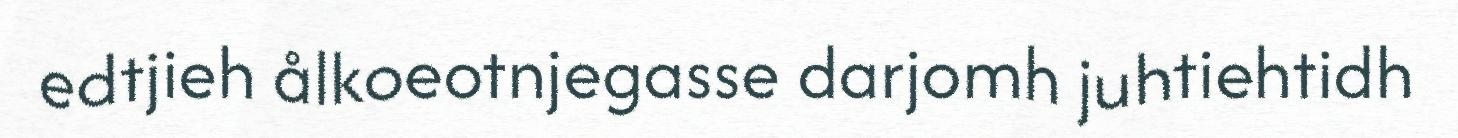
edtjieh ålkoeotnjegasse darjomh juhtiehtidh